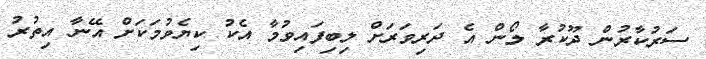
ސަރުކާރުން ދޫކުރާ ލޯން އެ ދަރިވަރަށް ލިބިފައިވުމާ އެކު ކިޔެވުމަކަށް އޭނާ އިތުރު